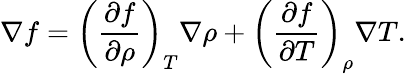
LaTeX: \nabla f=\left(\frac{\partial f}{\partial\rho}\right)_{T}\nabla\rho+\left(\frac{\partial f}{\partial T}\right)_{\rho}\nabla T.